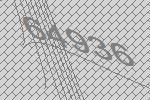
64936